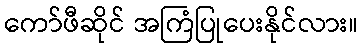
ကော်ဖီဆိုင် အကြံပြုပေးနိုင်လား။